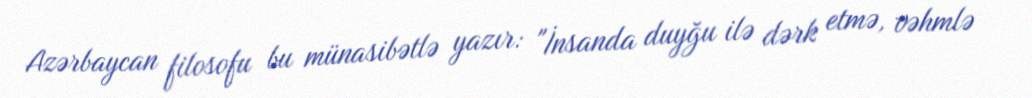
Azərbaycan filosofu bu münasibətlə yazır: "İnsanda duyğu ilə dərk etmə, vəhmlə